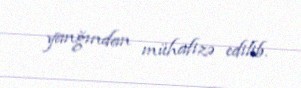
yanğından mühafizə edilib.